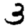
Digit: 3